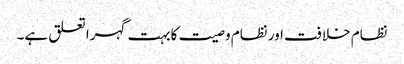
نظام خلافت اور نظام وصیت کابہت گہرا تعلق ہے۔